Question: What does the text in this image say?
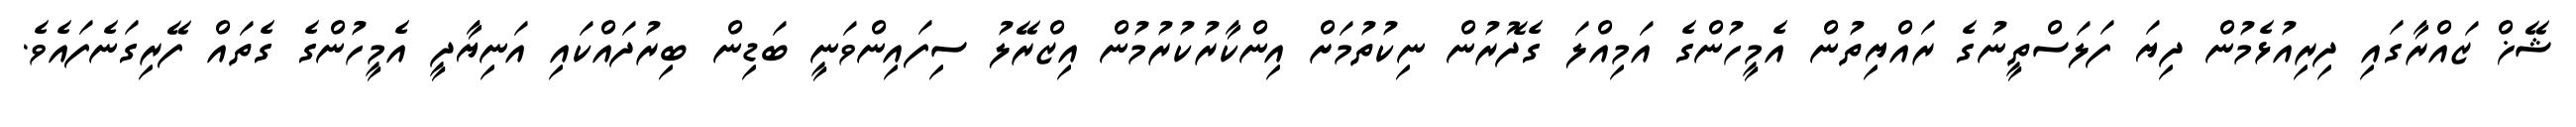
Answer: ޝޭޚް ޒައްރާގައި ދިރިއުޅެމުން ދިޔަ ފަލަސްތީނުގެ ރައްޔިތުން އެމީހުންގެ އަމިއްލަ ގެދޮރުން ނިކުތުމަށް އިންކާރުކުރުމުން އިޒްރޭލު ސިފައިންވަނީ ބަޑިން ބިރުދައްކައި އަނިޔާދީ އެމީހުންގެ ގެތައް ފޭރިގަނެފައެވެ.